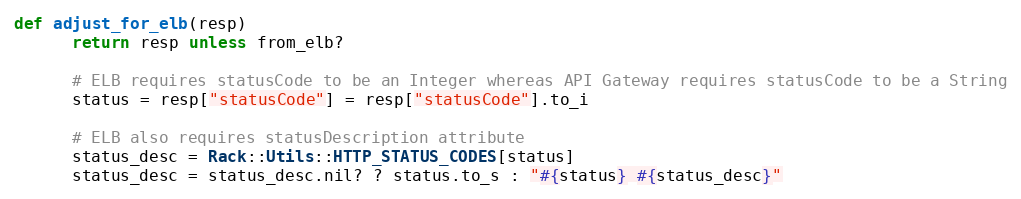
Language: Ruby
def adjust_for_elb(resp)
      return resp unless from_elb?

      # ELB requires statusCode to be an Integer whereas API Gateway requires statusCode to be a String
      status = resp["statusCode"] = resp["statusCode"].to_i

      # ELB also requires statusDescription attribute
      status_desc = Rack::Utils::HTTP_STATUS_CODES[status]
      status_desc = status_desc.nil? ? status.to_s : "#{status} #{status_desc}"